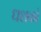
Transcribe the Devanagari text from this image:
धशकों